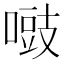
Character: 𠽑